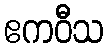
ဧကဝီသ